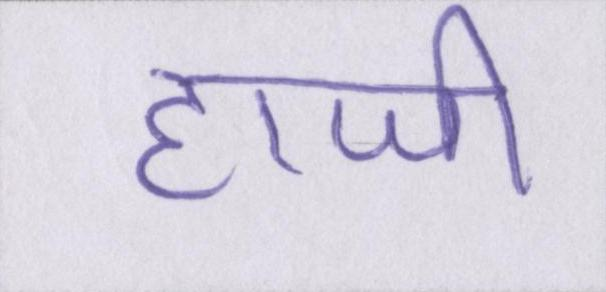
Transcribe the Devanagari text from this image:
हाजी